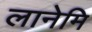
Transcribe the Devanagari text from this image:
लानेमि